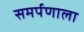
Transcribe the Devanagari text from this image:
समर्पणाला